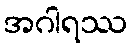
အဂါရဿ